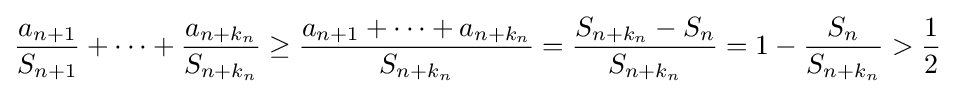
{\frac {a_{n+1}}{S_{n+1}}}+\cdots +{\frac {a_{n+k_{n}}}{S_{n+k_{n}}}}\geq {\frac {a_{n+1}+\cdots +a_{n+k_{n}}}{S_{n+k_{n}}}}={\frac {S_{n+k_{n}}-S_{n}}{S_{n+k_{n}}}}=1-{\frac {S_{n}}{S_{n+k_{n}}}}>{\frac {1}{2}}